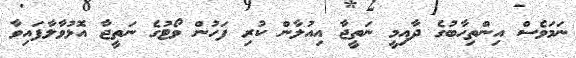
ނަމަވެސް އިންތިހާބުގެ ދާއިމީ ނަތީޖާ އިއުލާން ކުރި ފަހުން ވޯޓުގެ ނަތީޖާ އޮޅުވާލާފައިވާ